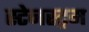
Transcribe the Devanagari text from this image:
स्टेनस्ट्रम